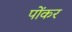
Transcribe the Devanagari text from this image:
पोंकर